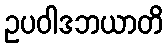
ဥပဝါဒဘယာတိ